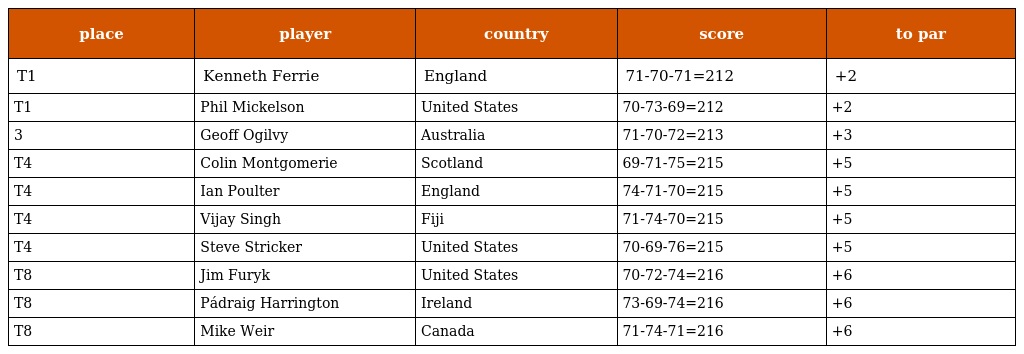
| place | player | country | score | to par |
 | --- | --- | --- | --- | --- |
 | T1 | Kenneth Ferrie | England | 71-70-71=212 | +2 |
 | T1 | Phil Mickelson | United States | 70-73-69=212 | +2 |
 | 3 | Geoff Ogilvy | Australia | 71-70-72=213 | +3 |
 | T4 | Colin Montgomerie | Scotland | 69-71-75=215 | +5 |
 | T4 | Ian Poulter | England | 74-71-70=215 | +5 |
 | T4 | Vijay Singh | Fiji | 71-74-70=215 | +5 |
 | T4 | Steve Stricker | United States | 70-69-76=215 | +5 |
 | T8 | Jim Furyk | United States | 70-72-74=216 | +6 |
 | T8 | Pádraig Harrington | Ireland | 73-69-74=216 | +6 |
 | T8 | Mike Weir | Canada | 71-74-71=216 | +6 |